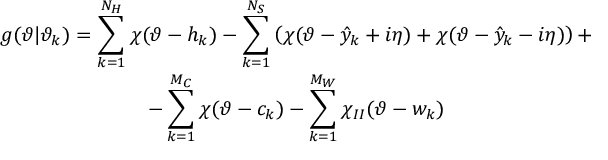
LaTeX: \begin{array} { c } { { g ( \vartheta | \vartheta _ { k } ) = \displaystyle \sum _ { k = 1 } ^ { N _ { H } } \chi ( \vartheta - h _ { k } ) - \displaystyle \sum _ { k = 1 } ^ { N _ { S } } \left( \chi ( \vartheta - \hat { y } _ { k } + i \eta ) + \chi ( \vartheta - \hat { y } _ { k } - i \eta ) \right) + } } \\ { { - \displaystyle \sum _ { k = 1 } ^ { M _ { C } } \chi ( \vartheta - c _ { k } ) - \displaystyle \sum _ { k = 1 } ^ { M _ { W } } \chi _ { I I } ( \vartheta - w _ { k } ) } } \end{array}